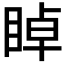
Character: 𥇍